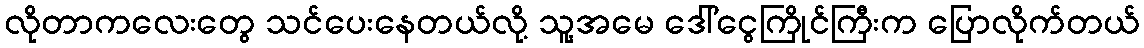
လိုတာကလေးတွေ သင်ပေးနေတယ်လို့ သူ့အမေ ဒေါ်ငွေကြိုင်ကြီးက ပြောလိုက်တယ်